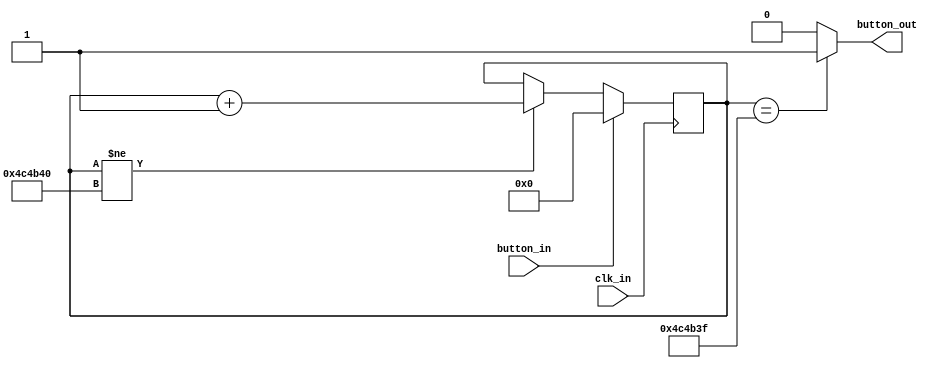
module debounce(clk_in, button_in, button_out);
	input clk_in, button_in;
	output reg button_out;
	reg [25:0] counter;
	parameter divn_num = 5000000;
always @(posedge clk_in) begin
	if(button_in)
		counter <= 0;
	else if(counter != divn_num)
		counter <= counter + 1;
end 

always @(*) begin
	if(counter == divn_num-1)
		button_out = 1'b1;
	else
		button_out = 1'b0;	
end
endmodule